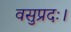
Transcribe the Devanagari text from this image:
वसुप्रदः।